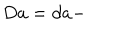
D a = d a -